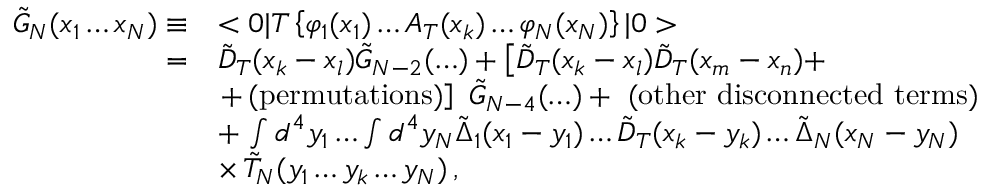
\begin{array} { r l } { { \tilde { G } _ { N } ( x _ { 1 } \ldots x _ { N } ) \equiv } } & { { < 0 | T \left\{ \varphi _ { 1 } ( x _ { 1 } ) \ldots A _ { T } ( x _ { k } ) \ldots \varphi _ { N } ( x _ { N } ) \right\} | 0 > } } \\ { { = } } & { { \tilde { D } _ { T } ( x _ { k } - x _ { l } ) \tilde { G } _ { N - 2 } ( \ldots ) + \left[ \tilde { D } _ { T } ( x _ { k } - x _ { l } ) \tilde { D } _ { T } ( x _ { m } - x _ { n } ) + \right. } } \\ { { \mathrm { } } } & { { \left. + \, \mathrm { { ( p e r m u t a t i o n s ) } } \right] \, \, \tilde { G } _ { N - 4 } ( \ldots ) + \, \, { \mathrm { ( o t h e r \, \, d i s c o n n e c t e d \, \, t e r m s ) } } } } \\ { { \mathrm { } } } & { { + \, \int d ^ { 4 } y _ { 1 } \ldots \int d ^ { 4 } y _ { N } \tilde { \Delta } _ { 1 } ( x _ { 1 } - y _ { 1 } ) \ldots \tilde { D } _ { T } ( x _ { k } - y _ { k } ) \ldots \tilde { \Delta } _ { N } ( x _ { N } - y _ { N } ) } } \\ { { \mathrm { } } } & { { \times \, \tilde { T } _ { N } ( y _ { 1 } \ldots y _ { k } \ldots y _ { N } ) \, , } } \end{array}